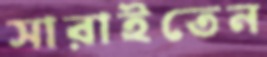
সারাইতেন